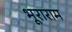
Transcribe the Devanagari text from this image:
भूराराम